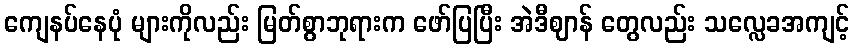
ကျေနပ်နေပုံ များကိုလည်း မြတ်စွာဘုရားက ဖော်ပြပြီး အဲဒီဈာန် တွေလည်း သလ္လေခအကျင့်